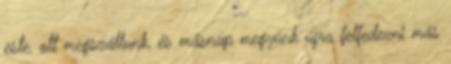
este, ott megszállunk, és másnap megyünk újra felfedezni más